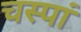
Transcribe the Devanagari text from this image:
चस्पां